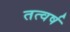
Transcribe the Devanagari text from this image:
तत्वर्ष